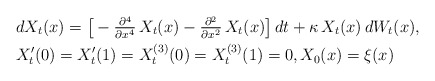
\begin{align*}&dX_t(x)= \big[-\tfrac{\partial^4}{\partial x^4} \,X_t(x)-\tfrac{\partial^2}{\partial x^2} \,X_t(x)\big]\,dt + \kappa \,X_t(x) \,dW_t(x), \\ &X'_t(0) = X'_t(1) = X^{(3)}_t(0) = X^{(3)}_t(1) = 0,X_0(x)=\xi(x)\end{align*}